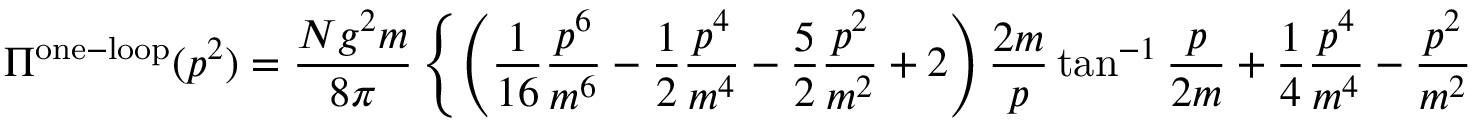
\Pi ^ { \mathrm { o n e - l o o p } } ( p ^ { 2 } ) = \frac { N g ^ { 2 } m } { 8 \pi } \left\{ \left( \frac { 1 } { 1 6 } \frac { p ^ { 6 } } { m ^ { 6 } } - \frac { 1 } { 2 } \frac { p ^ { 4 } } { m ^ { 4 } } - \frac { 5 } { 2 } \frac { p ^ { 2 } } { m ^ { 2 } } + 2 \right) \frac { 2 m } { p } \tan ^ { - 1 } \frac { p } { 2 m } + \frac { 1 } { 4 } \frac { p ^ { 4 } } { m ^ { 4 } } - \frac { p ^ { 2 } } { m ^ { 2 } } - 2 \right\}